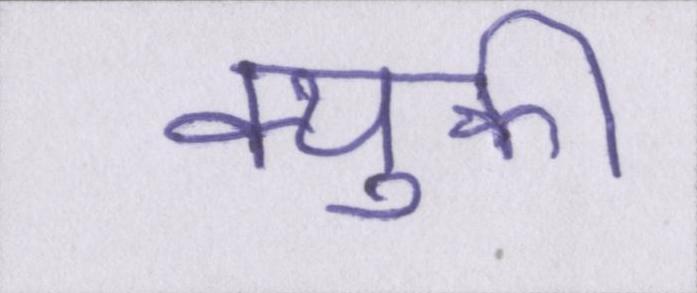
क्युकी